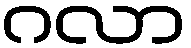
ဂလာ